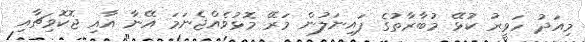
މިއަދު ހަވީރު ކުޅޭ މުބާރާތުގެ ފައިނަލުން މަރޭ މޮޅުވެއްޖެނަމަ އޭނާ އާއި ޖޮކޮވިޗާއި